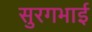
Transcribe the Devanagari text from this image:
सुरगभाई